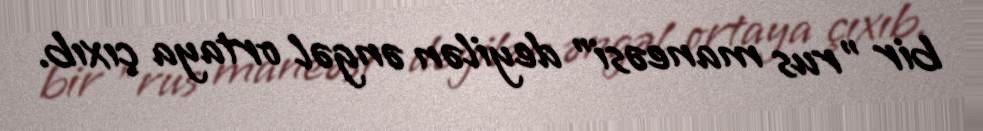
bir ”rus maneəsi" deyilən əngəl ortaya çıxıb.